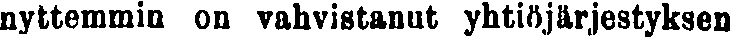
nyttemmin on vahvistanut yhtiöjärjestyksen